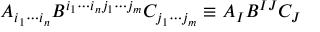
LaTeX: A _ { i _ { 1 } \cdots i _ { n } } B ^ { i _ { 1 } \cdots i _ { n } j _ { 1 } \cdots j _ { m } } C _ { j _ { 1 } \cdots j _ { m } } \equiv A _ { I } B ^ { I J } C _ { J }